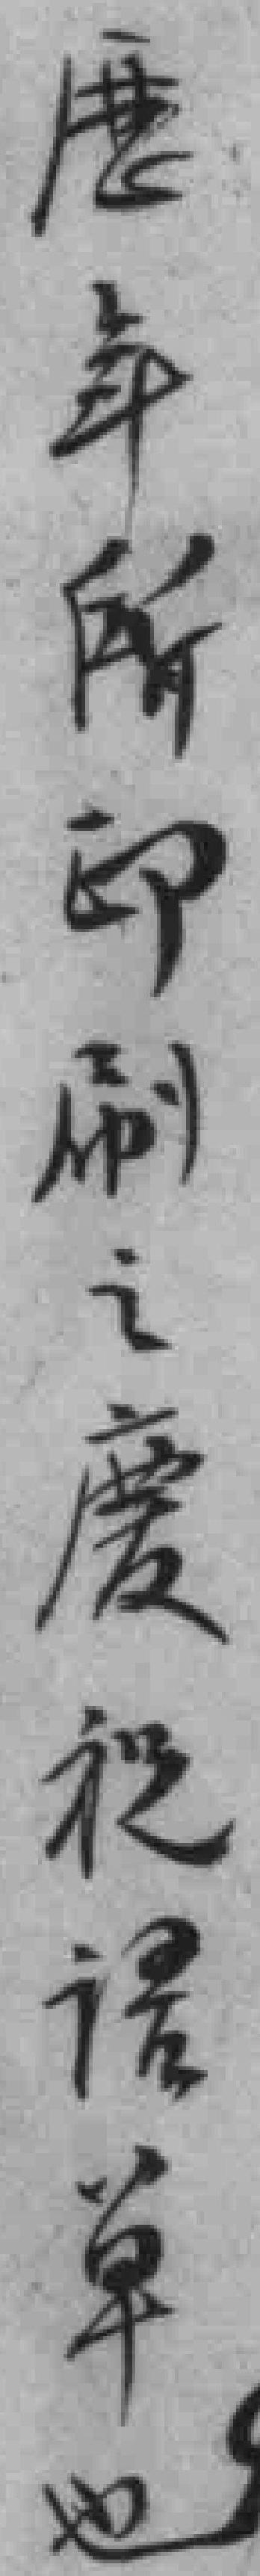
歴年所印刷之慶祝语单也